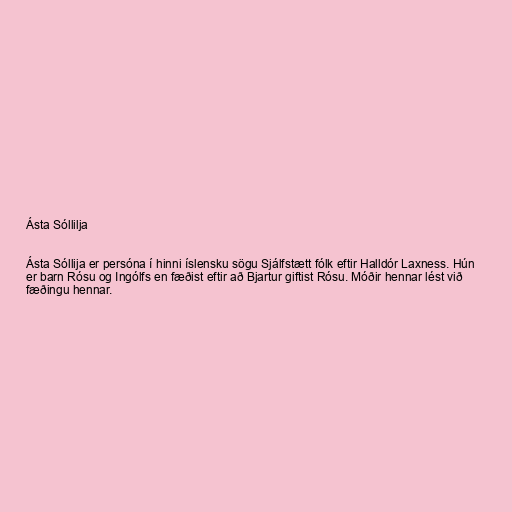
Ásta Sóllilja

Ásta Sóllija er persóna í hinni íslensku sögu Sjálfstætt fólk eftir Halldór Laxness. Hún
er barn Rósu og Ingólfs en fæðist eftir að Bjartur giftist Rósu. Móðir hennar lést við
fæðingu hennar.